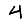
Digit: 4